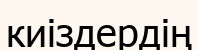
киіздердің